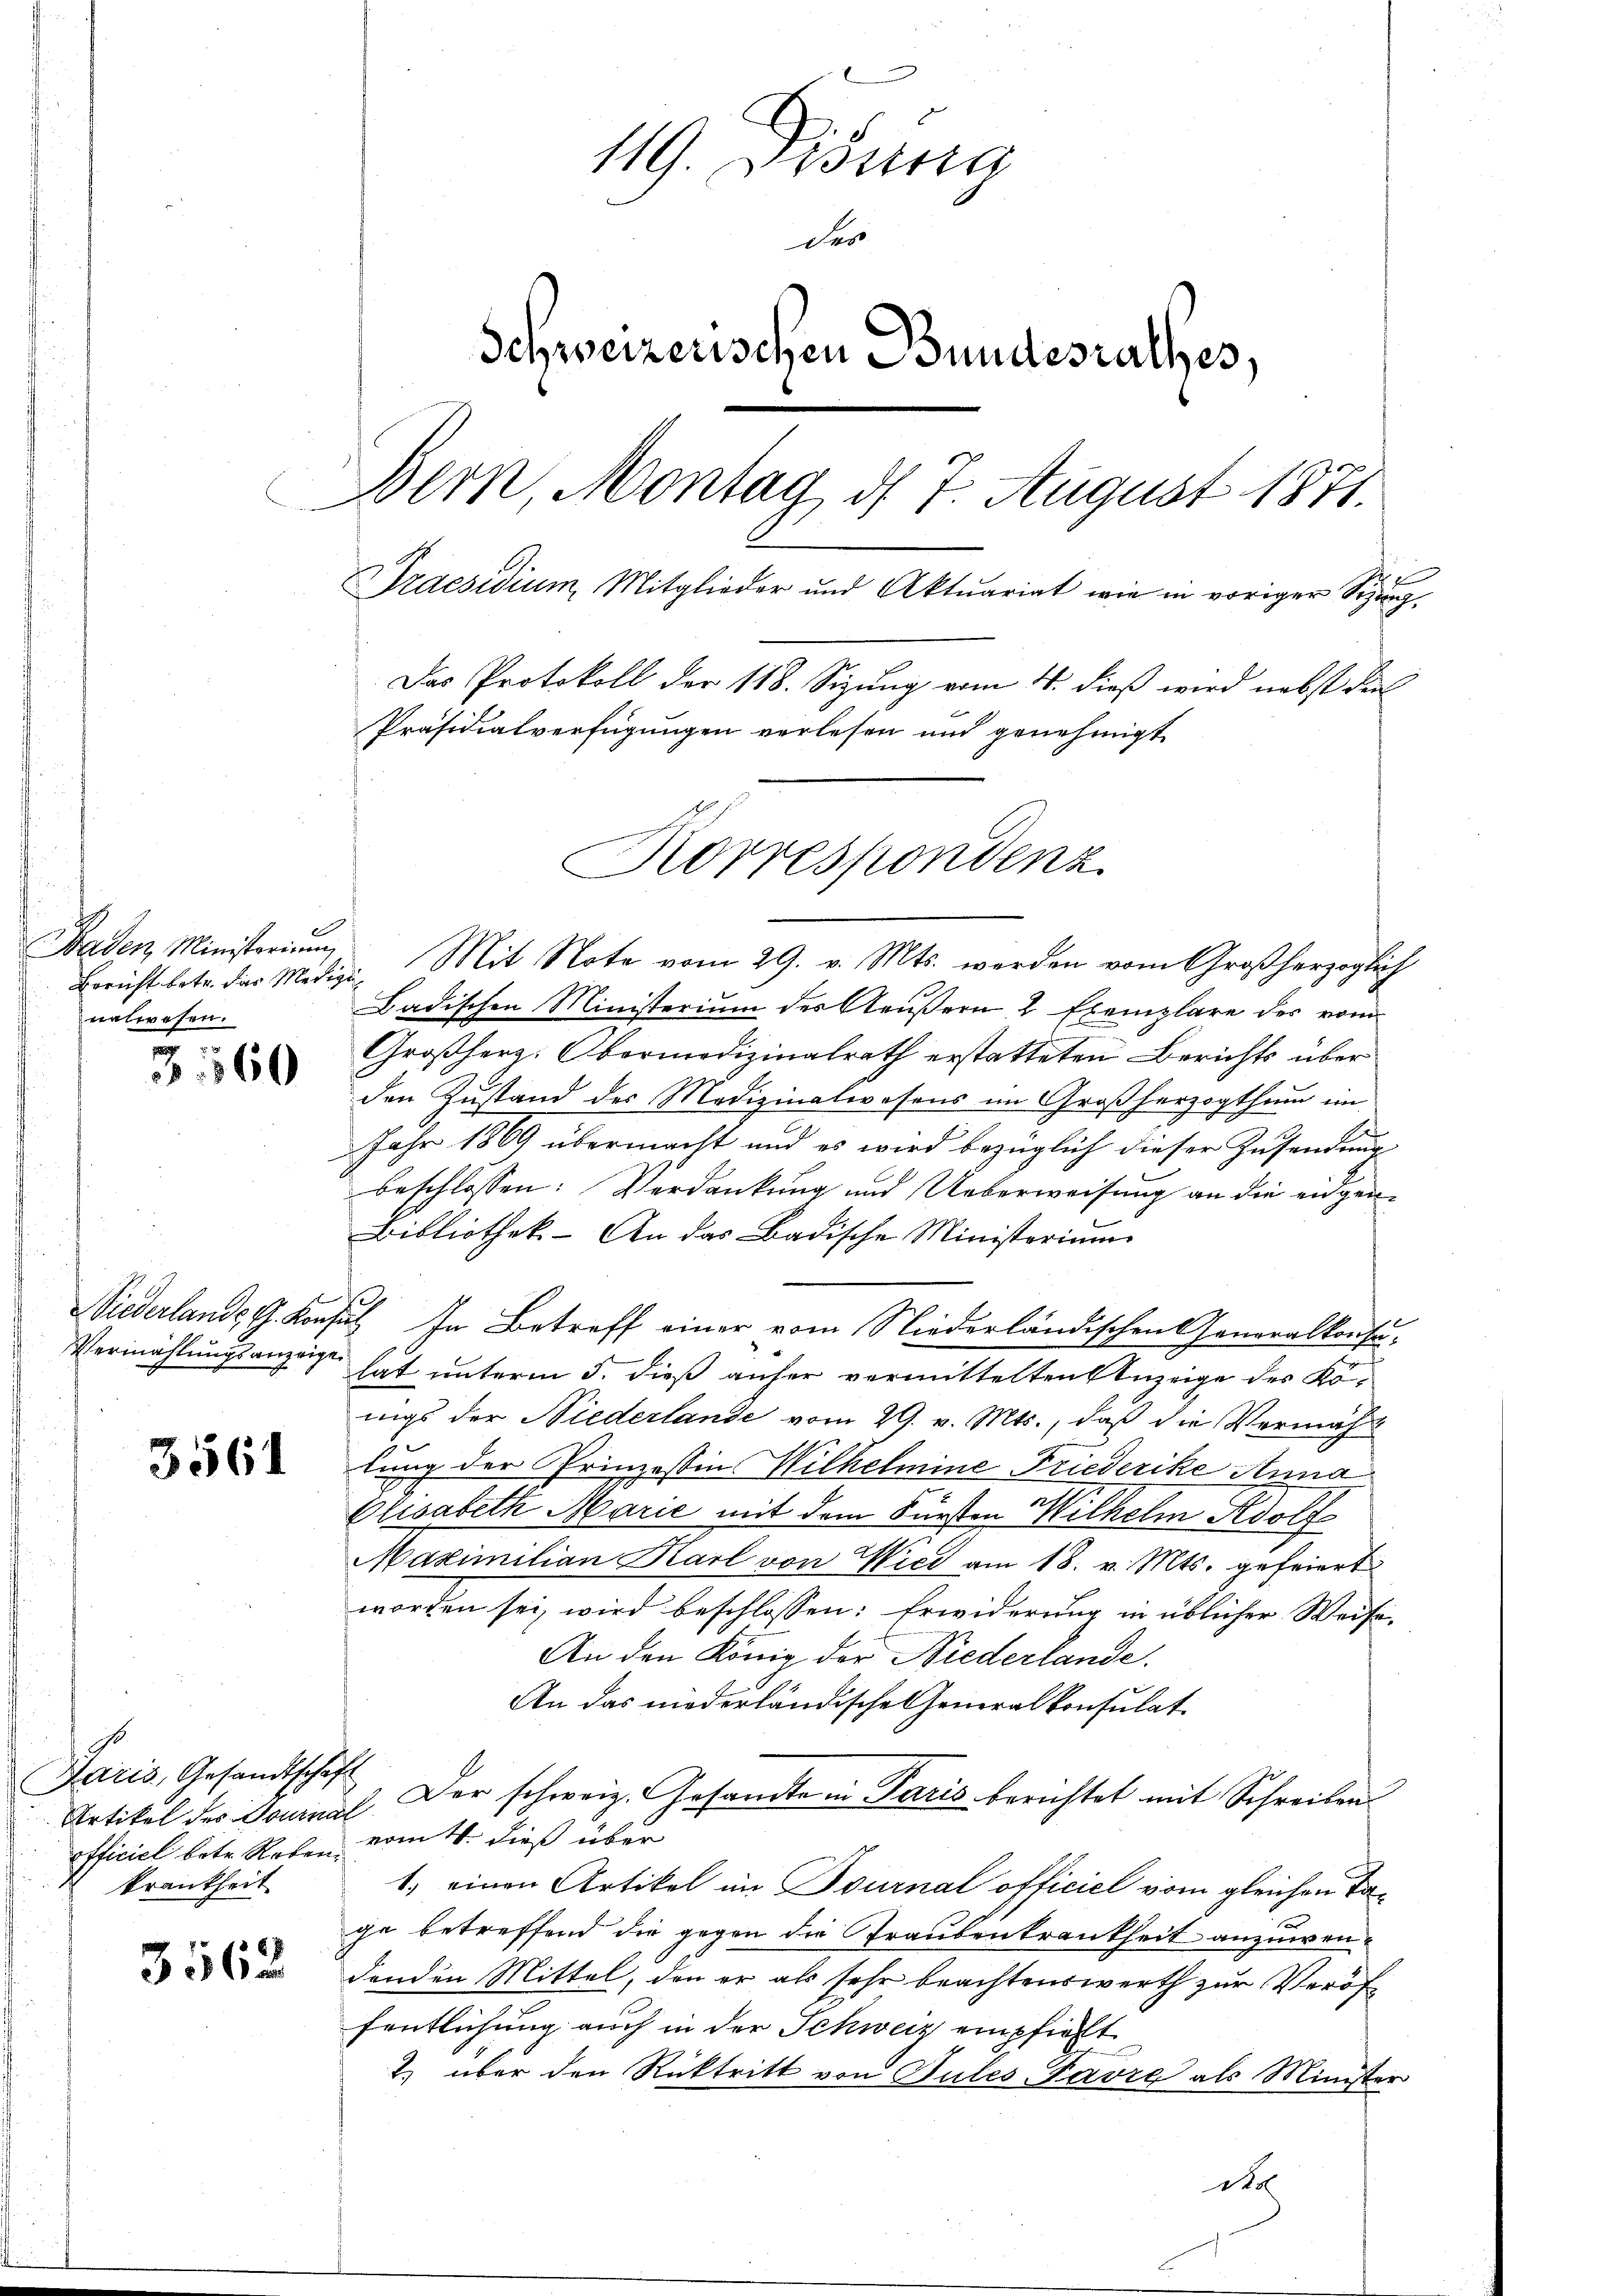
d
Baden Ministerium
Bericht betr. das Medige
nalwesen.

3560

Niederlande G. Konsi
Vermählungsanzeigen

3561

s
Paris, Gesandtschaft
officiel betr. Reben.
krankheit

3562

119. Posttra
der
Schweizerischen Bundesrathes,
Bern, Montag d. 7. August 1871.
g
Praesidium, Mitglieder und Aktuariat wie in voriger Sizig,
Das Protokoll der 118. Sizung vom 4. dieß wird nebst dies
Präsidialverfügungen verlesen und genehmigt
Korrespondenz

Mit Note vom 29. v. Mts. werden vom Großherzoglich
d
Badischen Ministerium der Aeußern 2 Exemplare des vom
Großherz: Obermedizinalrath erstatteten Berichts über
den Zustand des Medizinalwesens im Großherzogthum im
Jahr 1869 übermacht und es wird bezüglich dieser Zusendung
beschlossen: Verdankung und Ueberweisung an die eidgen¬
Bibliothek. - An das Badische Ministerium
i. In Betreff einer vom Niederländischen Generalkonsu-
lat unterm 5. dieß anher vermittelten Anzeige des Königs der Niederlande vom 29. v. Mts., daß die Vermächlung der Prinzessin Wilhelmine Friederike Anna
.
Elisabeth Marie mit dem Fürsten Wilhelm Adolf
Maximilian Karl von Wied am 18. v. Mts. gefeiert
worden sei, wird beschlossen: Erwiderung in üblicher Weise-
An den König der Niederlande
An das niederländische Generalkonsulat
Artikel des Dominal der schweiz. Gesandte in Paris berichtet mit Schreiben
vom 4. dieß über
1.) einen Artikel im Tournal officiel vom gleichen Tage betreffend die gegen die Traubenkrankheit anzuwendenden Mittel, den er als sehr beachtenswerth zur Veröf
fentlichung auch in der Schweiz empfiehlt
2) über den Rücktritt von Pules Favre als Minister
do